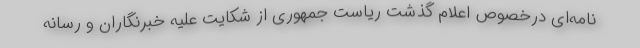
نامه‌ای درخصوص اعلام گذشت ریاست جمهوری از شکایت علیه خبرنگاران و رسانه